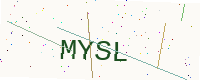
Text: MYSL